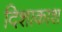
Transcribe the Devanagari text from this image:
दिशाकाश